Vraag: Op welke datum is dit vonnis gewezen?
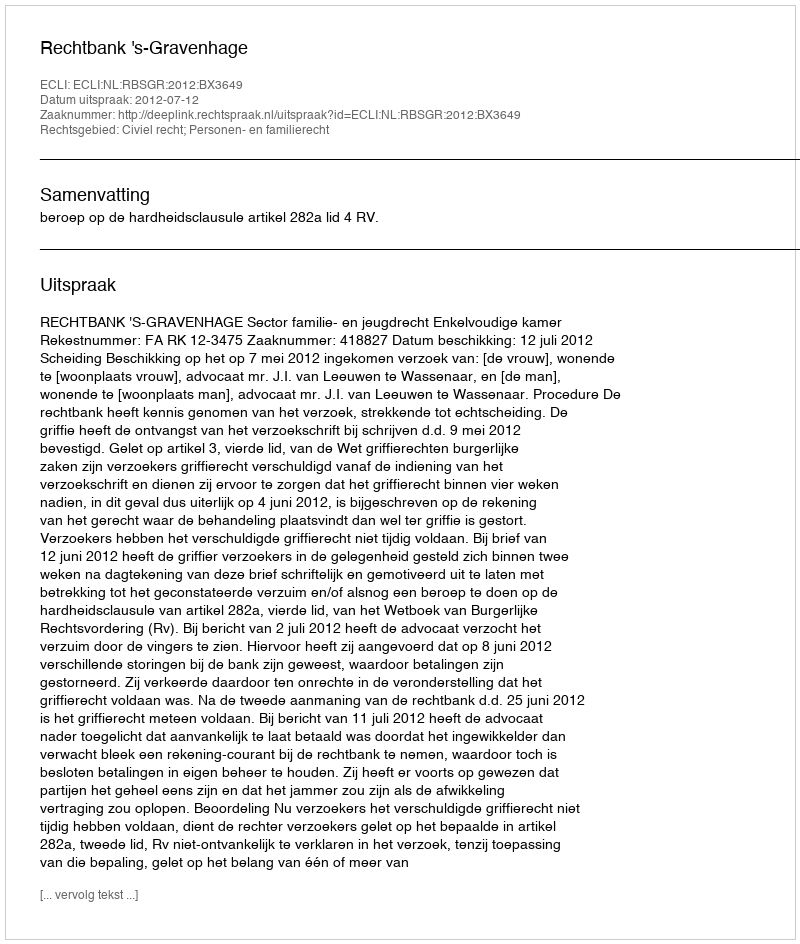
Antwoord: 2012-07-12